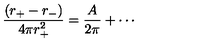
\frac { ( r _ { + } - r _ { - } ) } { 4 \pi r _ { + } ^ { 2 } } = \frac { A } { 2 \pi } + \cdots